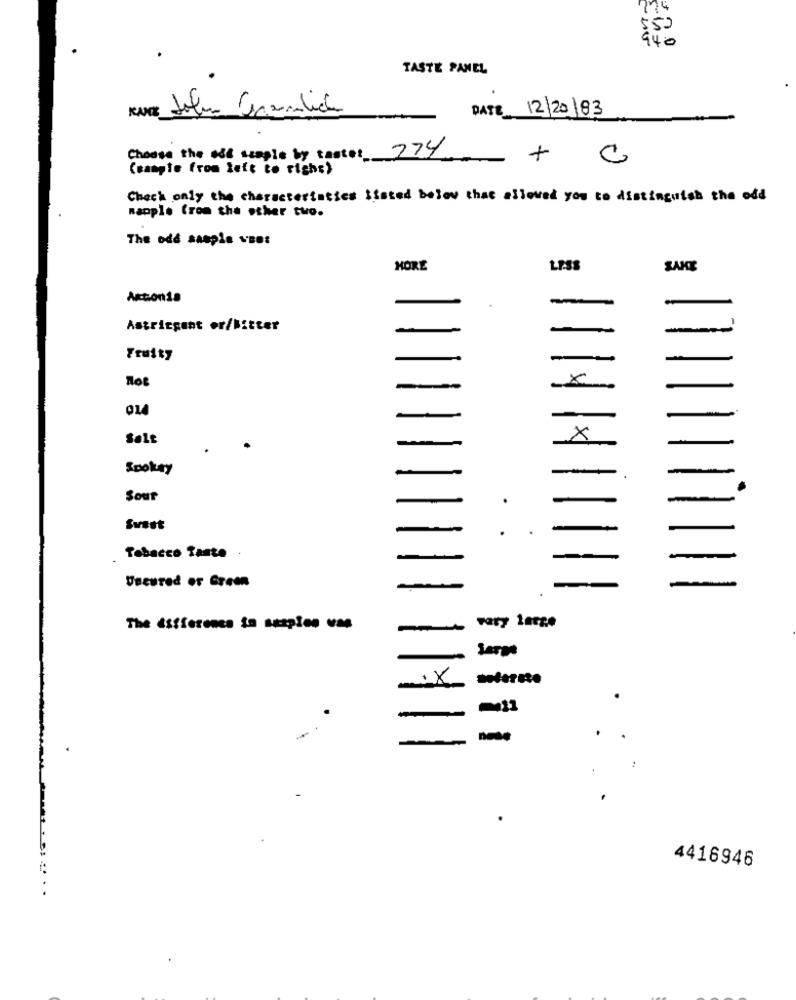
TASTE PANEL
DATE 12/20/83
Choose the ast seople by taste: 774
+
c
Ceampte from left to righ;)
Check only the characteristics listed below that allowed you to distinguish the odd
mapple from the other two.
The odd sample voos
MORE
LESS
SAKE
Action1a
Astringent er/Mitter
-
Fruity
Not
-
x
014
Salt
X
Sookay
Sour
Suest
Tobacco Tante .
-
Uncured or Green
-
Fary large
.
4416946